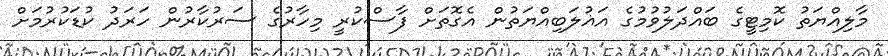
މާލިއްޔަތު ކޮމިޓީގެ ބައްދަލުވުމުގެ އަޣުލަބިއްޔަތުން އެގޮތަށް ފާސްކުރީ މިހާރުގެ ސަރުކާރުން ހަރަދު ކުޑަކުރުމަށް